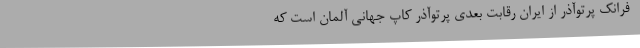
-فرانک پرتوآذر از ایران رقابت بعدی پرتوآذر کاپ جهانی آلمان است که